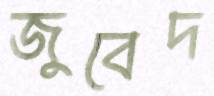
জুবেদ